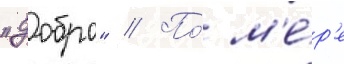
"добро" // По́ м'е́р'е